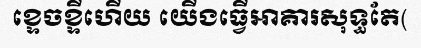
ខ្ទេចខ្ទីហើយ យើងធ្វើអាគារសុទ្ធតែ(